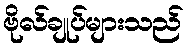
ဗိုလ်ချုပ်များသည်